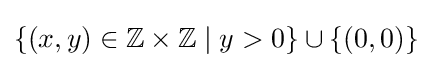
\{(x,y)\in \mathbb {Z} \times \mathbb {Z} \mid y>0\}\cup \{(0,0)\}